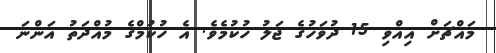
މައްޗަށް އިއްވި 15 ދުވަހުގެ ޖަލު ހުކުމެވެ. އެ ހުކުމްގެ މުއްދަތު އަންނަ